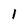
Character: 1